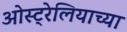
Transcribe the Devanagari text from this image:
ओस्ट्रेलियाच्या